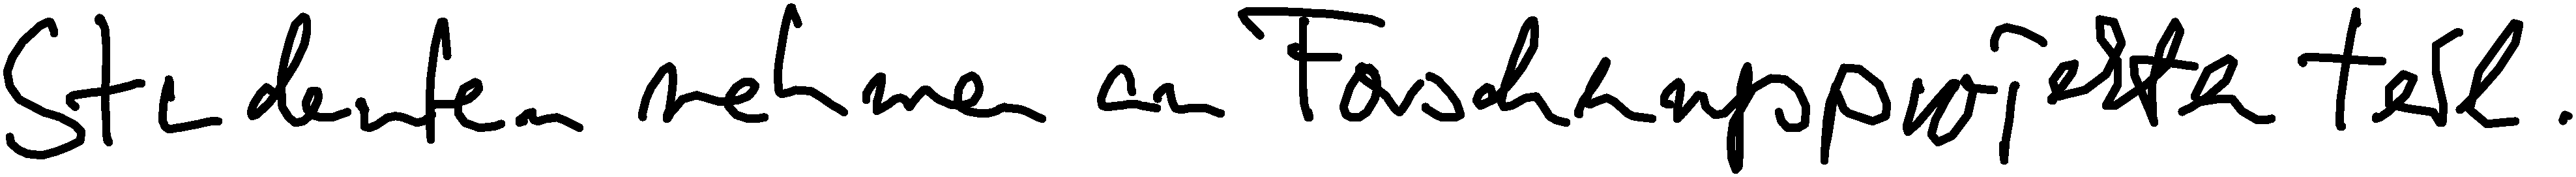
Studenten nehmen an Forschungsprojekten teil.